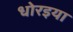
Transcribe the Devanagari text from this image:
धोरइया